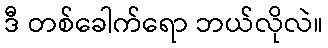
ဒီ တစ်ခေါက်ရော ဘယ်လိုလဲ။